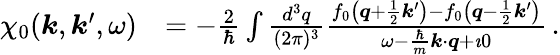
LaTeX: \begin{array}{rl}{\chi_{0}(\boldsymbol{k},\boldsymbol{k}^{\prime},\omega)}&{=-\frac{2}{\hbar}\int\frac{d^{3}q}{(2\pi)^{3}}\frac{f_{0}\left(\boldsymbol{q}+\frac{1}{2}\boldsymbol{k}^{\prime}\right)-f_{0}\left(\boldsymbol{q}-\frac{1}{2}\boldsymbol{k}^{\prime}\right)}{\omega-\frac{\hbar}{m}\boldsymbol{k}\cdot\boldsymbol{q}+\imath 0}\, .}\end{array}